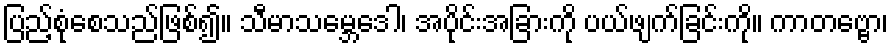
ပြည့်စုံစေသည်ဖြစ်၍။ သီမာသမ္ဘေဒေါ၊ အပိုင်းအခြားကို ပယ်ဖျက်ခြင်းကို။ ကာတဗ္ဗော၊